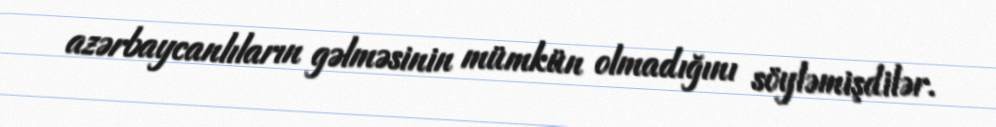
azərbaycanlıların gəlməsinin mümkün olmadığını söyləmişdilər.